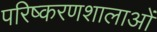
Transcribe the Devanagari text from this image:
परिष्करणशालाओं